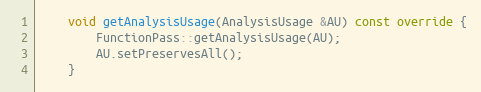
Language: C++
    void getAnalysisUsage(AnalysisUsage &AU) const override {
        FunctionPass::getAnalysisUsage(AU);
        AU.setPreservesAll();
    }